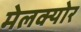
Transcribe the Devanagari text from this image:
मेलक्योर